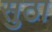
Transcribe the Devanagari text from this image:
सुठा